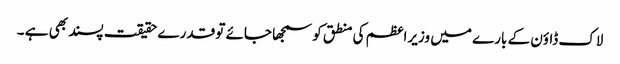
لاک ڈاؤن کے بارے میں وزیراعظم کی منطق کو سمجھا جائے تو قدرے حقیقت پسند بھی ہے ۔